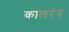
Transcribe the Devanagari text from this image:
कालरंग